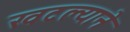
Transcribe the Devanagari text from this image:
खटल्याने